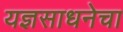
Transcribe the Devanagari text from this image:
यज्ञसाधनेचा